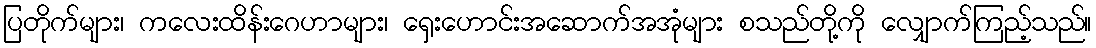
ပြတိုက်များ၊ ကလေးထိန်းဂေဟာများ၊ ရှေးဟောင်းအဆောက်အအုံများ စသည်တို့ကို လျှောက်ကြည့်သည်။